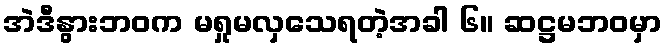
အဲဒီနွားဘဝက မရှုမလှသေရတဲ့အခါ ၆။ ဆဋ္ဌမဘဝမှာ